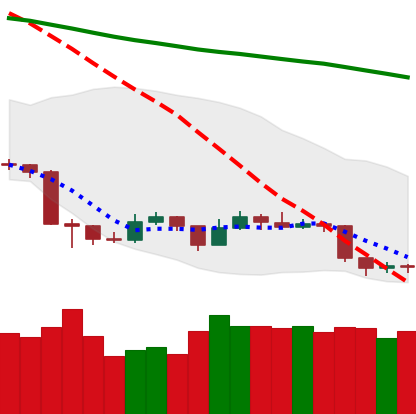
Ticker: TRX-USD
Chart end date: 2019-08-31
Forward return: -3.541%
Label: down_3_5